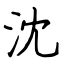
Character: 沈